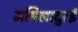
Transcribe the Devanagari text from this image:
मयिलादुरई